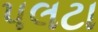
પલટા